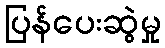
ပြန်ပေးဆွဲမှု